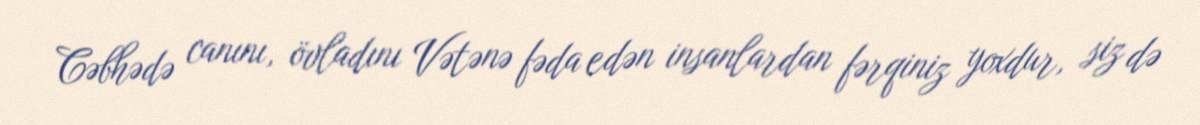
Cəbhədə canını, övladını Vətənə fəda edən insanlardan fərqiniz yoxdur, siz də